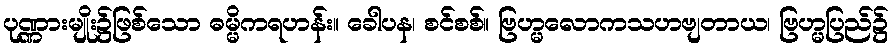
ပုဏ္ဏားမျိုး၌ဖြစ်သော ဓမ္မိကရဟန်း။ ခေါပန၊ စင်စစ်။ ဗြဟ္မလောကသဟဗျတာယ၊ ဗြဟ္မပြည်၌